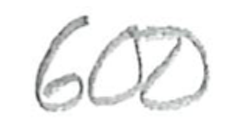
Text: 600
Cross-out: clean
Writing tool: pencil